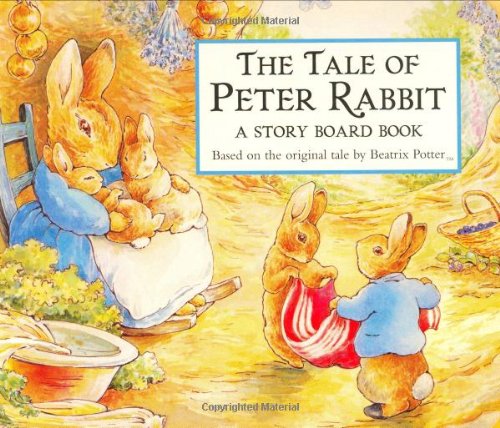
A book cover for The Tale of Peter Rabbit Story Board Book; Beatrix Potter; Children's Books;